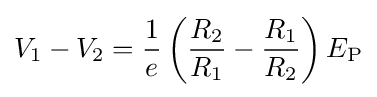
V_{1}-V_{2}={\frac {1}{e}}\left({\frac {R_{2}}{R_{1}}}-{\frac {R_{1}}{R_{2}}}\right)E_{\textrm {P}}